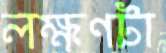
লক্ষণটা